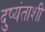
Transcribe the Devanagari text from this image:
दुष्यंताशी